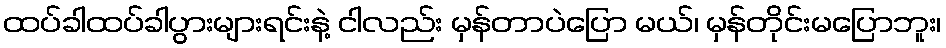
ထပ်ခါထပ်ခါပွားများရင်းနဲ့ ငါလည်း မှန်တာပဲပြော မယ်၊ မှန်တိုင်းမပြောဘူး၊